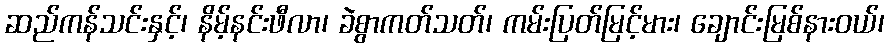
ဆည်ကန်သင်းနှင့်၊ နိမ့်နင်းဖီလာ၊ ခဲစွာကတ်သတ်၊ ကမ်းပြတ်မြင့်မား၊ ချောင်းမြစ်နားဝယ်၊